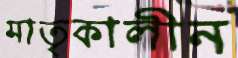
মাতৃকালীন